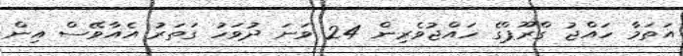
އަތަމާ ހައްޖު ގްރޫޕްގެ ހައްޖުވެރިން 24 ވަނަ ދުވަހު ގަތަރު އެއާވޭސް އިން